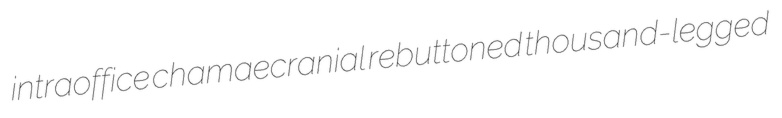
intraoffice chamaecranial rebuttoned thousand-legged